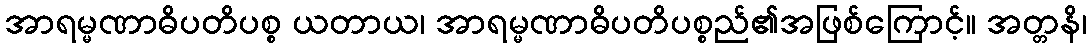
အာရမ္မဏာဓိပတိပစ္စ ယတာယ၊ အာရမ္မဏာဓိပတိပစ္စည်၏အဖြစ်ကြောင့်။ အတ္တနိ၊